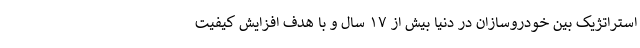
استراتژیک بین خودروسازان در دنیا بیش از ۱۷ سال و با هدف افزایش کیفیت